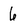
Character: 6